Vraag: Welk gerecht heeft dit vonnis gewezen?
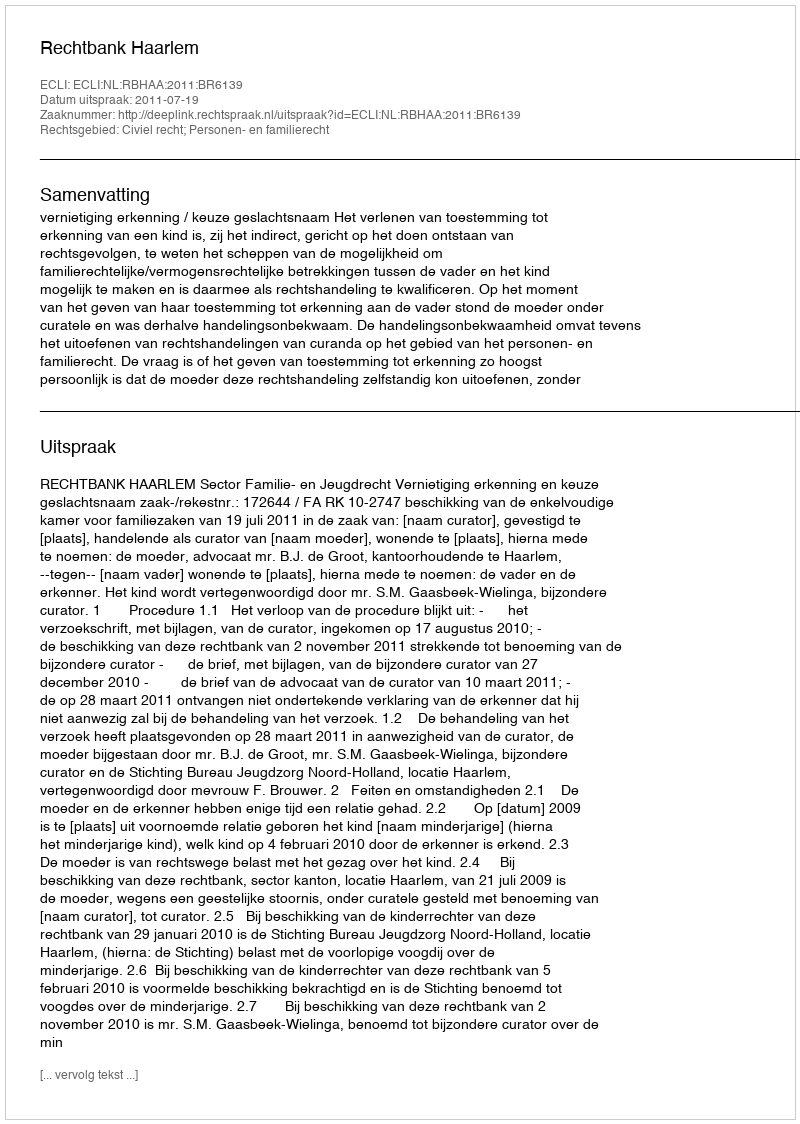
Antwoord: Rechtbank Haarlem